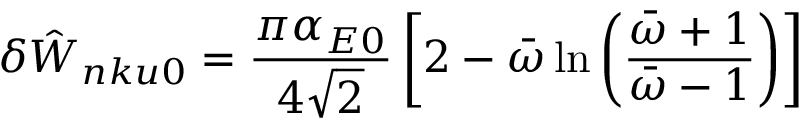
\delta { \hat { W } } _ { n k u 0 } = \frac { \pi \alpha _ { E 0 } } { 4 \sqrt { 2 } } \left[ 2 - { \bar { \omega } } \ln \left( \frac { { \bar { \omega } } + 1 } { { \bar { \omega } } - 1 } \right) \right]